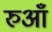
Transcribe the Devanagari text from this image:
रुआँ